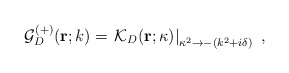
\begin{align*}{\mathcal G}^{(+)}_{{D}} ({\bf r}; k)= \left.{\mathcal K}_{{D}} ({\bf r}; \kappa)\right|_{ \kappa^{2} \rightarrow - (k^{2}+ i \delta) }\; ,\end{align*}